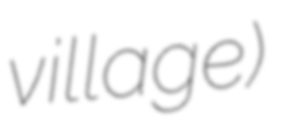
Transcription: village)